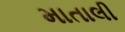
માતાલી